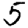
Digit: 5